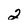
Character: 2